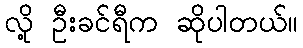
လို့ ဦးခင်ရီက ဆိုပါတယ်။